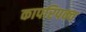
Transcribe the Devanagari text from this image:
कापरिपक्व